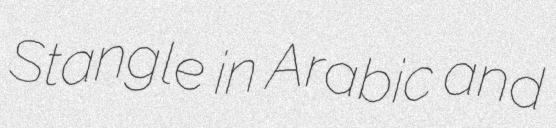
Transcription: Stangle in Arabic and